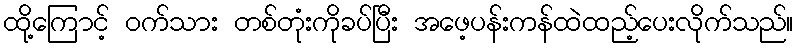
ထို့ကြောင့် ဝက်သား တစ်တုံးကိုခပ်ပြီး အဖေ့ပန်းကန်ထဲထည့်ပေးလိုက်သည်။